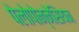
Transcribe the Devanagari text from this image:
पेलोपोन्नेसिंयन